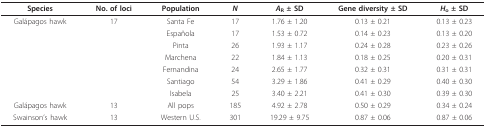
<table><thead><tr><td><b>Species</b></td><td><b>No. of loci</b></td><td><b>Population</b></td><td><b><i>N</i></b></td><td><b><i>A</i><sub>R </sub>± SD</b></td><td><b>Gene diversity ± SD</b></td><td><b><i>H</i><sub>o </sub>± SD</b></td></tr></thead><tbody><tr><td>Galápagos hawk</td><td>17</td><td>Santa Fe</td><td>17</td><td>1.76 ± 1.20</td><td>0.13 ± 0.21</td><td>0.13 ± 0.23</td></tr><tr><td></td><td></td><td>Española</td><td>17</td><td>1.53 ± 0.72</td><td>0.14 ± 0.23</td><td>0.13 ± 0.20</td></tr><tr><td></td><td></td><td>Pinta</td><td>26</td><td>1.93 ± 1.17</td><td>0.24 ± 0.28</td><td>0.23 ± 0.26</td></tr><tr><td></td><td></td><td>Marchena</td><td>22</td><td>1.84 ± 1.13</td><td>0.18 ± 0.25</td><td>0.20 ± 0.31</td></tr><tr><td></td><td></td><td>Fernandina</td><td>24</td><td>2.65 ± 1.77</td><td>0.32 ± 0.31</td><td>0.31 ± 0.31</td></tr><tr><td></td><td></td><td>Santiago</td><td>54</td><td>3.29 ± 1.86</td><td>0.41 ± 0.29</td><td>0.40 ± 0.30</td></tr><tr><td></td><td></td><td>Isabela</td><td>25</td><td>3.40 ± 2.21</td><td>0.41 ± 0.30</td><td>0.39 ± 0.30</td></tr><tr><td>Galápagos hawk</td><td>13</td><td>All pops</td><td>185</td><td>4.92 ± 2.78</td><td>0.50 ± 0.29</td><td>0.34 ± 0.24</td></tr><tr><td>Swainson&#x27;s hawk</td><td>13</td><td>Western U.S.</td><td>301</td><td>19.29 ± 9.75</td><td>0.87 ± 0.06</td><td>0.87 ± 0.06</td></tr></tbody></table>